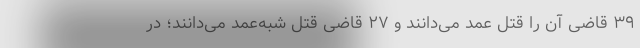
۳۹ قاضی آن را قتل عمد می‌دانند و ۲۷ قاضی قتل شبه‌عمد می‌دانند؛ در